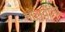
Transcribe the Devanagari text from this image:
मौलवींना